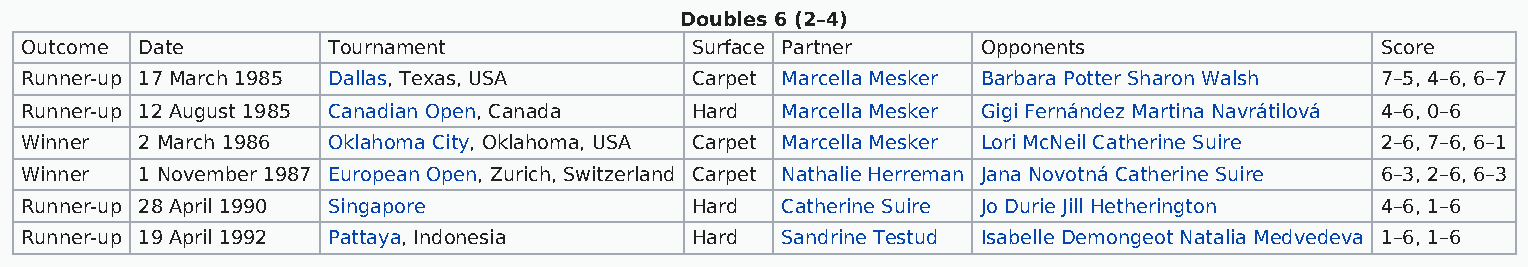
Doubles 6 (2–4)
 Outcome Date         Tournament              Surface Partner    Opponents                 Score
 Runner-up 17 March 1985 Dallas, Texas, USA   Carpet Marcella Mesker Barbara Potter Sharon Walsh 7–5, 4–6, 6–7
 Runner-up 12 August 1985 Canadian Open, Canada Hard Marcella Mesker Gigi Fernández Martina Navrátilová 4–6, 0–6
 Winner  2 March 1986 Oklahoma City, Oklahoma, USA Carpet Marcella Mesker Lori McNeil Catherine Suire 2–6, 7–6, 6–1
 Winner  1 November 1987 European Open, Zurich, Switzerland Carpet Nathalie Herreman Jana Novotná Catherine Suire 6–3, 2–6, 6–3
 Runner-up 28 April 1990 Singapore            Hard  Catherine Suire Jo Durie Jill Hetherington 4–6, 1–6
 Runner-up 19 April 1992 Pattaya, Indonesia   Hard  Sandrine Testud Isabelle Demongeot Natalia Medvedeva 1–6, 1–6